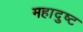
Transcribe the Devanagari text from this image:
महादुष्ट